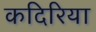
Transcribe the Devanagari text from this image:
कदिरिया